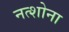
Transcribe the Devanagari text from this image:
नत्शोना